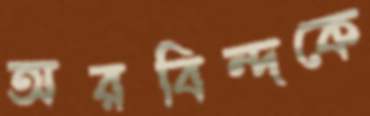
অরবিন্দকে